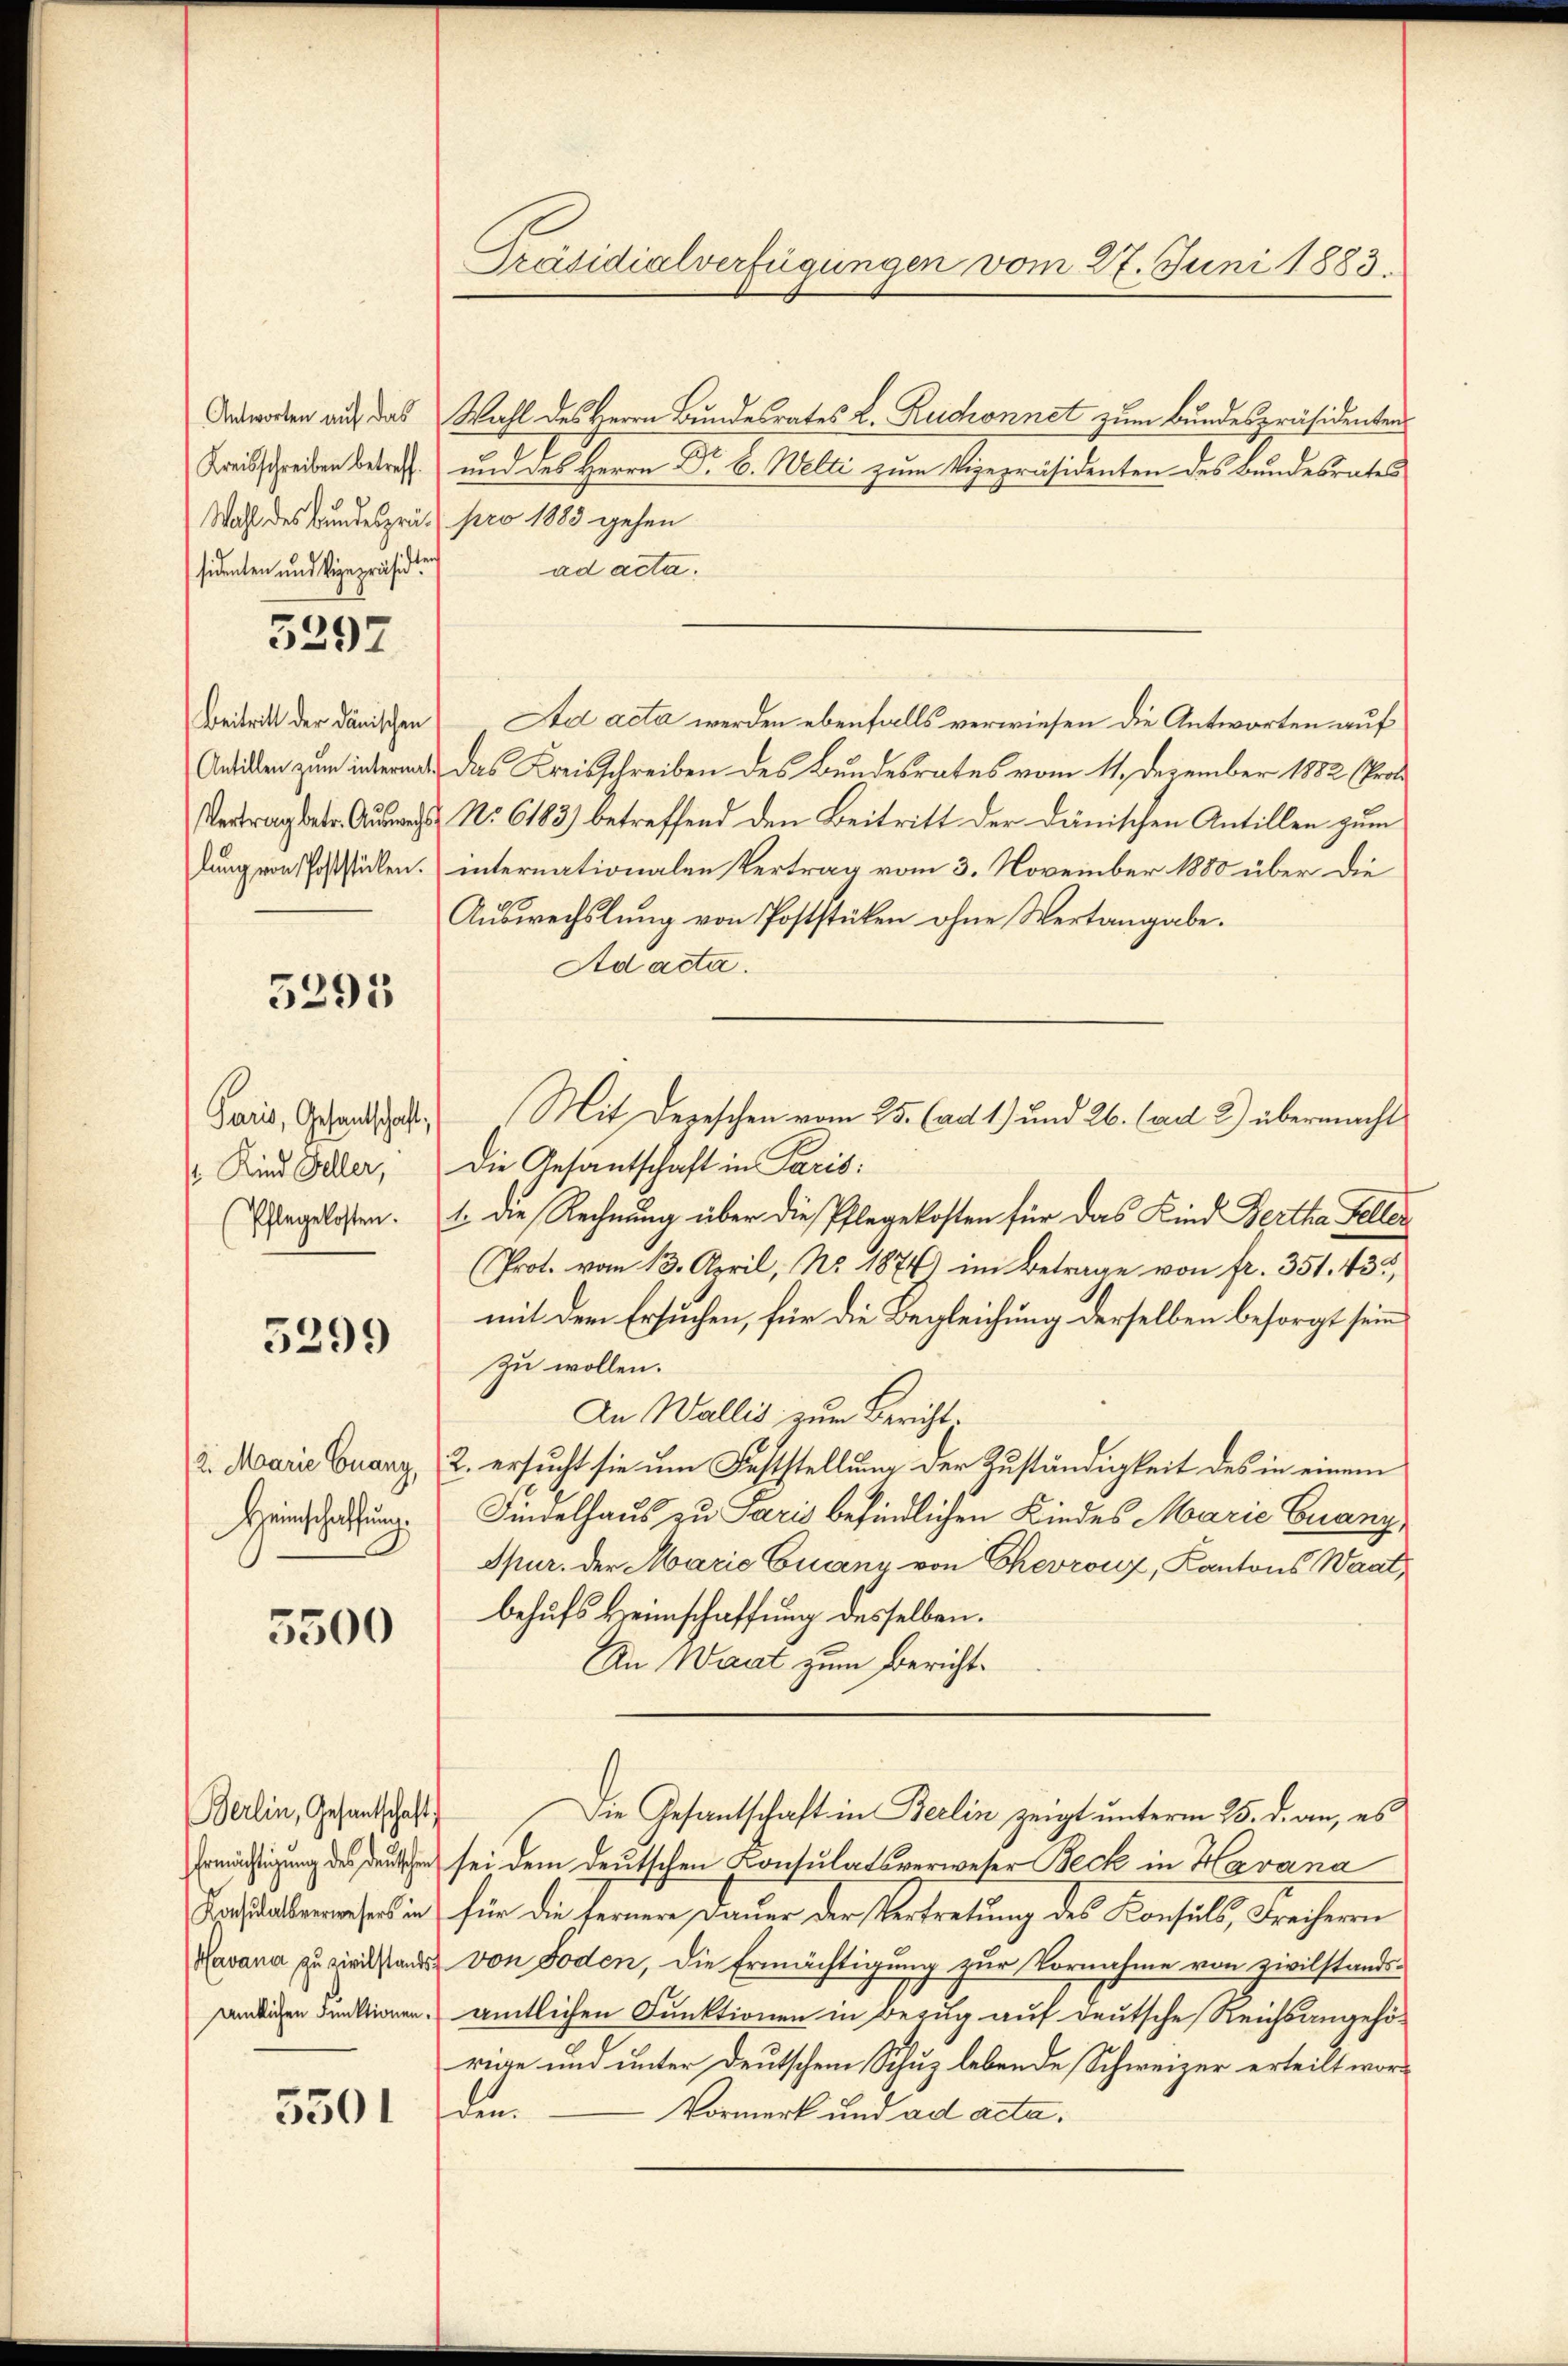
sidenten und Vigepräsidi¬

5297

5293

Paris, Gesandschaft,
 Kind Feller,

5299

5500

Berlin, Gesandtschaft

Ermächtigung des deut

5501

Anworten auf das Wahl des Herrn Bundesrates L. Ruchonnet zum Bundespräsidenten
Kreisschreiben betreff und des Herrn Dr. B. Welti zum Vizepräsidenten des Bundesrates
Wahl des Bundespräs. pro 1883 gehen
ad acta.
Beitritt der Dänischen Ad acta werden ebenfalls verwiesen die Antworten auf
Antiken zum internach das Kreisschreiben des Bundesrates vom 11. Dezember 1882 (Prot
Vertrag betr. Ausweisst No. 6183) betreffend den Beitritt der Dänischen Antillen zum
dungern Poststücken internationalen Vertrag vom 3. November 1880 über die
Auswechslung von Poststücken ohne Wertangabe.
Ad acta.
Die Gesantschaft in Paris:
(Ehegelosten. 1. die Rechnung über die Pflegekosten für das Kind Bertha Feller
Prot. vom 13. April, No. 1874) im Betrage von fr. 351. 432,
mit dem Ersuchen, für die Begleichung derselben besorgt sein
zu wollen.
An Wallis zum Bericht.
2. Marie Guarz, 2. ersucht sie um Feststellung der Zuständigkeit des in einem
Heinschaftung. Findelhaus zu Paris befindlichen Kindes Marie Guany,
Spur. der Maria Euany von Chevrow, Kantons Waat,
behufs Heimschaffung desselben.
An Waat zum Bericht¬
Die Gesantschaft in Berlin zeigt unterm 25. d. an, es
In sei dem deutschen Consulatsverweser Beck in Havana
sabwesen in für die fernere Dauer der Vertretung des Konsuls, Freiherrn
Ravana zu zirkstands von Foden, die Ermächtigung zur Vornahme von zivilstands-
ändlichen Funktionen amtlichen Funktionen in Bezug auf deutsche Reichsangehörige und unter deutschem Schuz lebende Schweizer ertheilt wor¬
Vormerk und ad acta.
dem

Präsidialverfügungen vom 27. Juni 1883.

Mit Depeschen vom 25. (ad 1) und 26. (ad 2) übermacht